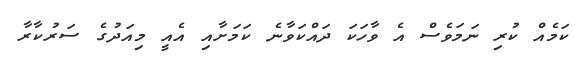
ކަމެއް ކުރި ނަމަވެސް އެ ވާހަކަ ދައްކަވާނެ ކަމަށާއި އެއީ މިއަދުގެ ސަރުކާރާ